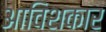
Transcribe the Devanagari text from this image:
आविशकार